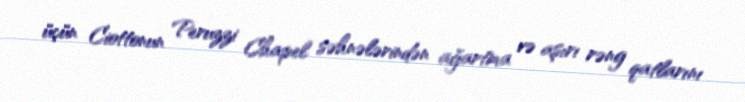
üçün Ciottonun Peruzzi Chapel səhnələrindən ağartma və aşırı rəng qatlarını